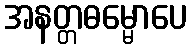
အနတ္တဓမ္မောပေ